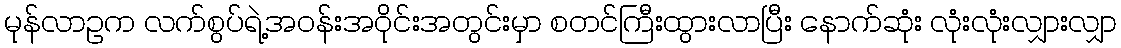
မုန်လာဥက လက်စွပ်ရဲ့အဝန်းအဝိုင်းအတွင်းမှာ စတင်ကြီးထွားလာပြီး နောက်ဆုံး လုံးလုံးလျှားလျှာ